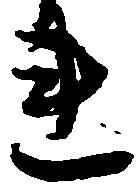
連